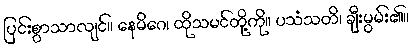
ပြင်းစွာသာလျင်။ နေမိဂေ၊ ထိုသမင်တို့ကို။ ပသံသတိ၊ ချီးမွမ်း၏။